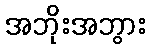
အဘိုးအဘွား